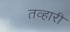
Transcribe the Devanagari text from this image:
तव्हारी